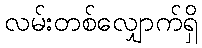
လမ်းတစ်လျှောက်ရှိ